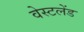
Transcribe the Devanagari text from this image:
वेस्टलेंड